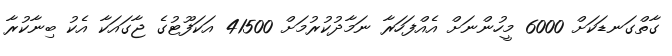
ގާތްގަނޑަކަށް 6000 މީހުންނަށް އެއްފަހަރާ ނަމާދުކުރުމަށް 41500 އަކަފޫޓުގެ ޖާގައަކާ އެކު ބިނާކުރާ